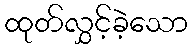
ထုတ်လွှင့်ခဲ့သော